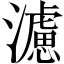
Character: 濾